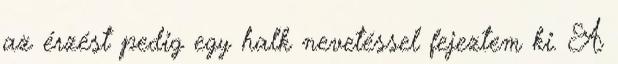
az érzést pedig egy halk nevetéssel fejeztem ki. A